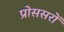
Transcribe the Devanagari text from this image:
प्रोससरों